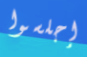
إجلسوا